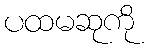
ပထမဆုကို